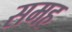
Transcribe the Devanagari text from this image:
समह